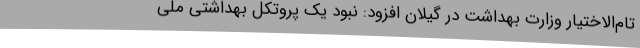
تام‌الاختیار وزارت بهداشت در گیلان افزود: نبود یک پروتکل بهداشتی ملی